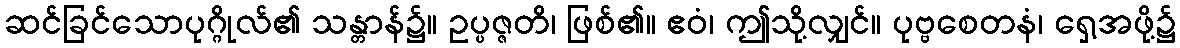
ဆင်ခြင်သောပုဂ္ဂိုလ်၏ သန္တာန်၌။ ဥပ္ပဇ္ဇတိ၊ ဖြစ်၏။ ဧဝံ၊ ဤသို့လျှင်။ ပုဗ္ဗစေတနံ၊ ရှေ့အဖို့၌